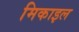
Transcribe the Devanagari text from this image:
मिकाइल